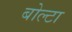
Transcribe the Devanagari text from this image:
बोल्टा